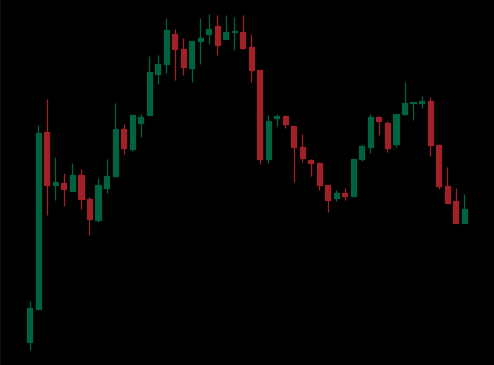
Pattern: head_shoulders